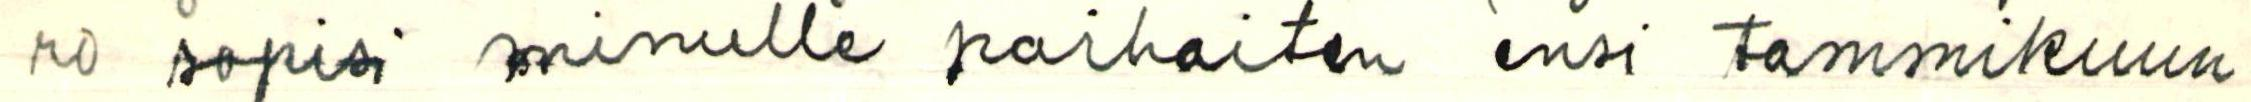
ro sopisi minulle parhaiten ensi tammikuun